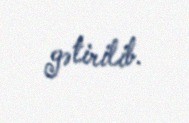
gətirilib.